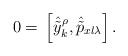
LaTeX: \begin{align*}0=\,\left[\hat{\tilde{y}}^\rho_k,\hat{\tilde{p}}_{xl\lambda}\right].\end{align*}